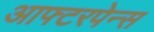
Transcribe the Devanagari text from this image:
आफ्टरपेन्स